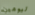
ليومين